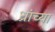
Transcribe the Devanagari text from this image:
ध्रांच्या